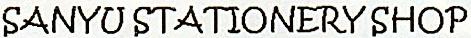
SANYU STATIONERY SHOP